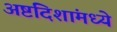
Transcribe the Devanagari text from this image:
अष्टदिशांमध्ये